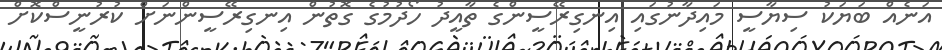
އަނެއް ބަޔަކު ސިޔާސީ މައިދާނުގައި އިނގިރޭސީންގެ ތާއީދު ހޯދުމުގެ ގޮތުން އިނގިރޭސީންނަށް ކުރުނީސްކޮށް